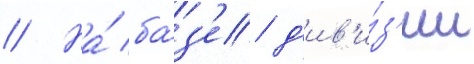
// На́ ба́з'е д'ив'и́з'ии